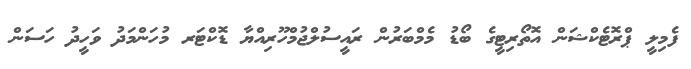
ފެމިލީ ޕްރޮޓެކްޝަން އޮތޯރިޓީގެ ބޯޑު މެމްބަރުން ރައީސުލްޖުމްހޫރިއްޔާ ޑޮކްޓަރ މުހަންމަދު ވަހީދު ހަސަން